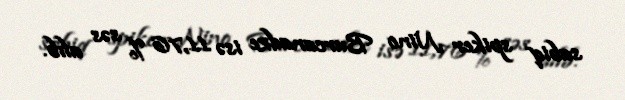
sabiq spiker Nino Burcanadze isə 11,76 % səs alıb.